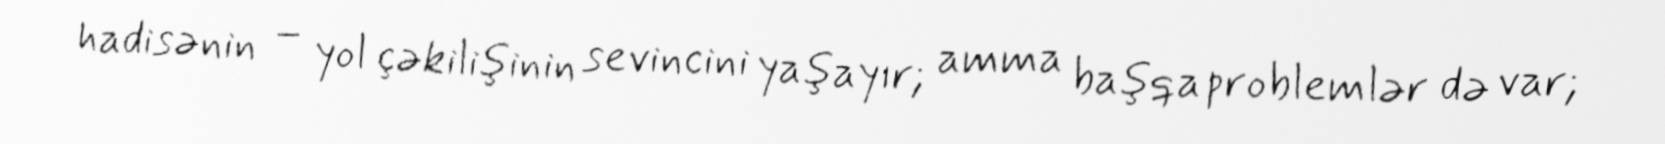
hadisənin – yol çəkilişinin sevincini yaşayır; amma başqa problemlər də var;